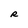
Character: R